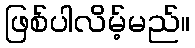
ဖြစ်ပါလိမ့်မည်။